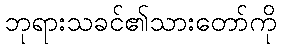
ဘုရားသခင်၏သားတော်ကို